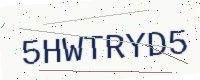
Text: 5HWTRYD5